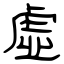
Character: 虛